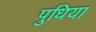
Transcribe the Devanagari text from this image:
पुधिया